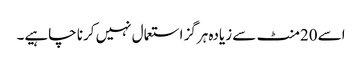
اسے 20منٹ سے زیادہ ہرگز استعمال نہیں کرنا چاہیے۔